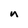
Character: n